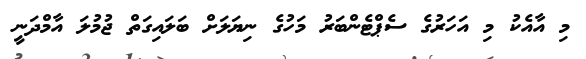
މި އާއެކު މި އަހަރުގެ ސެޕްޓެންބަރު މަހުގެ ނިޔަލަށް ބަލައިގަތް ޖުމުލަ އާމްދަނީ